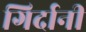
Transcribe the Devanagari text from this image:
गिर्दानी